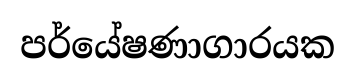
පර්යේෂණාගාරයක